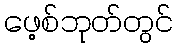
ဖေ့စ်ဘုတ်တွင်